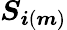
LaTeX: {\boldsymbol{S}}_{\boldsymbol{{i}}\left(\boldsymbol{{m}}\right)}